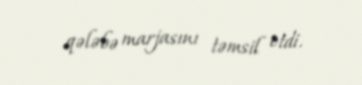
qələbə marjasını təmsil etdi.